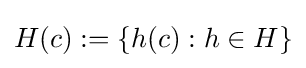
H(c):=\{h(c):h\in H\}